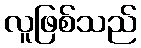
လူဖြစ်သည်